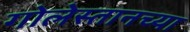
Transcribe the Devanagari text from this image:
गोलेस्तानच्या